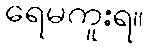
ရေမကူးရ။